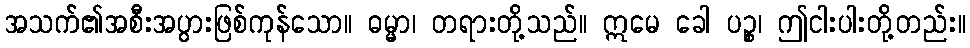
အသက်၏အစီးအပွားဖြစ်ကုန်သော။ ဓမ္မာ၊ တရားတို့သည်။ ဣမေ ခေါ ပဉ္စ၊ ဤငါးပါးတို့တည်း။